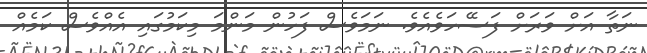
ނަތާ އަށް ވަރަށް ފަސޭހަވެއެވެ. ނަމަވެސް ފަހުން މަންމަ މިކަމުގައި އެއްވެސް ކަމެއް